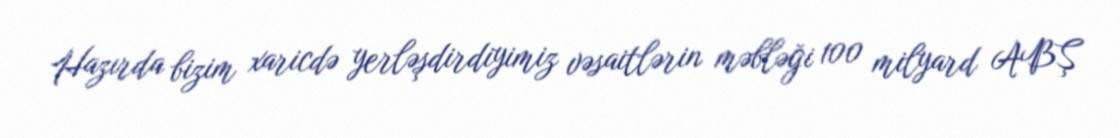
Hazırda bizim xaricdə yerləşdirdiyimiz vəsaitlərin məbləği 100 milyard ABŞ